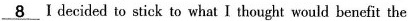
___8I decided to stick to what I thought would benefit the